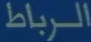
الرباط